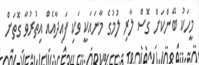
މީހަކު ބޭންކަށް ގޮސް ލާރި ލުމުގެ މާނައަކީ ވަކި ފައިދާއެއް އިތުރުވާ ގޮތަށް